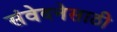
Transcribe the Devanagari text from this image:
संवेदनेसाठी